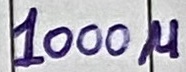
Text: 1000u